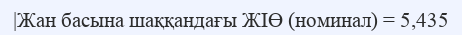
|Жан басына шаққандағы ЖІӨ (номинал) = 5,435